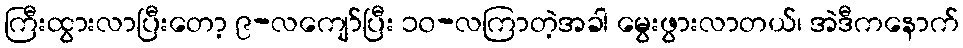
ကြီးထွားလာပြီးတော့ ၉-လကျော်ပြီး ၁၀-လကြာတဲ့အခါ မွေးဖွားလာတယ်၊ အဲဒီကနောက်